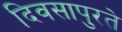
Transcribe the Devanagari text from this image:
दिवसापुरते